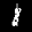
Digit: 8